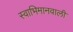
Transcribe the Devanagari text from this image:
स्वाभिमानवाली